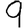
Digit: 9